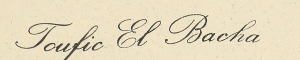
Toufic El Bacha